Civil Veterinary Dept. Bombay admin report 1923-31 - 1923-1931
Year: 1923
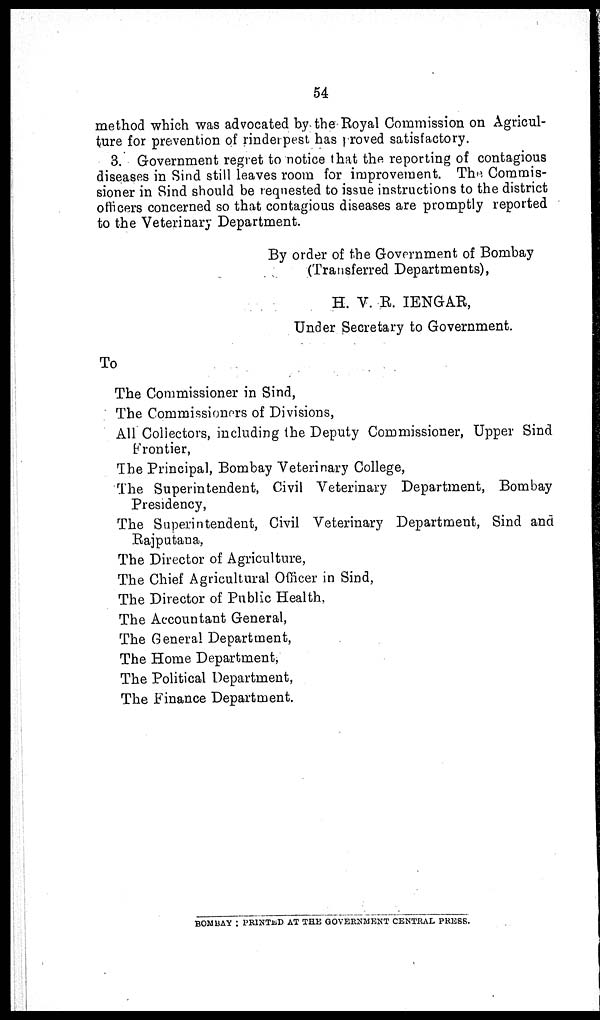
54
method which was advocated by the Royal Commission on Agricul-
ture for prevention of rinderpest has proved satisfactory.
3. Government regret to notice that the reporting of contagious
diseases in Sind still leaves room for improvement. The Commis-
sioner in Sind should be requested to issue instructions to the district
officers concerned so that contagious diseases are promptly reported
to the Veterinary Department.
By order of the Government of Bombay
(Transferred Departments),
H. V. R. IENGAR,
Under Secretary to Government.
To
The Commissioner in Sind,
The Commissioners of Divisions,
All Collectors, including the Deputy Commissioner, Upper Sind
Frontier,
The Principal, Bombay Veterinary College,
The Superintendent, Civil Veterinary Department, Bombay
Presidency,
The Superintendent, Civil Veterinary Department, Sind and
Rajputana,
The Director of Agriculture,
The Chief Agricultural Officer in Sind,
The Director of Public Health,
The Accountant General,
The General Department,
The Home Department,
The Political Department,
The Finance Department.
BOMBAY : PRINTED AT THE GOVERNMENT CENTRAL PRESS.